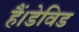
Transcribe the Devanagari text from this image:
हैं।डेविड